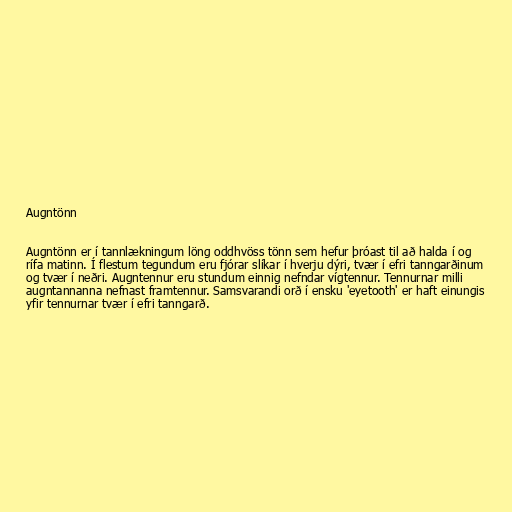
Augntönn

Augntönn er í tannlækningum löng oddhvöss tönn sem hefur þróast til að halda í og
rífa matinn. Í flestum tegundum eru fjórar slíkar í hverju dýri, tvær í efri tanngarðinum
og tvær í neðri. Augntennur eru stundum einnig nefndar vígtennur. Tennurnar milli
augntannanna nefnast framtennur. Samsvarandi orð í ensku 'eyetooth' er haft einungis
yfir tennurnar tvær í efri tanngarð.